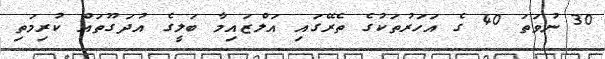
30 ނުވަތަ 40 ގެ އަހަރުތަކުގެ ތެރޭގައި އަލްޒައިމާ ބަލީގެ އުދަގޫތައް ކުރިމަތި